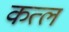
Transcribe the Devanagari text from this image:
कत्‍ल